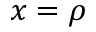
x = \rho